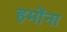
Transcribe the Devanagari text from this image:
हमोंना